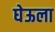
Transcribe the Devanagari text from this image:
घेऊला